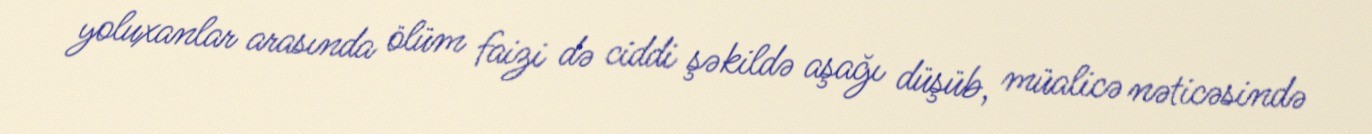
yoluxanlar arasında ölüm faizi də ciddi şəkildə aşağı düşüb, müalicə nəticəsində